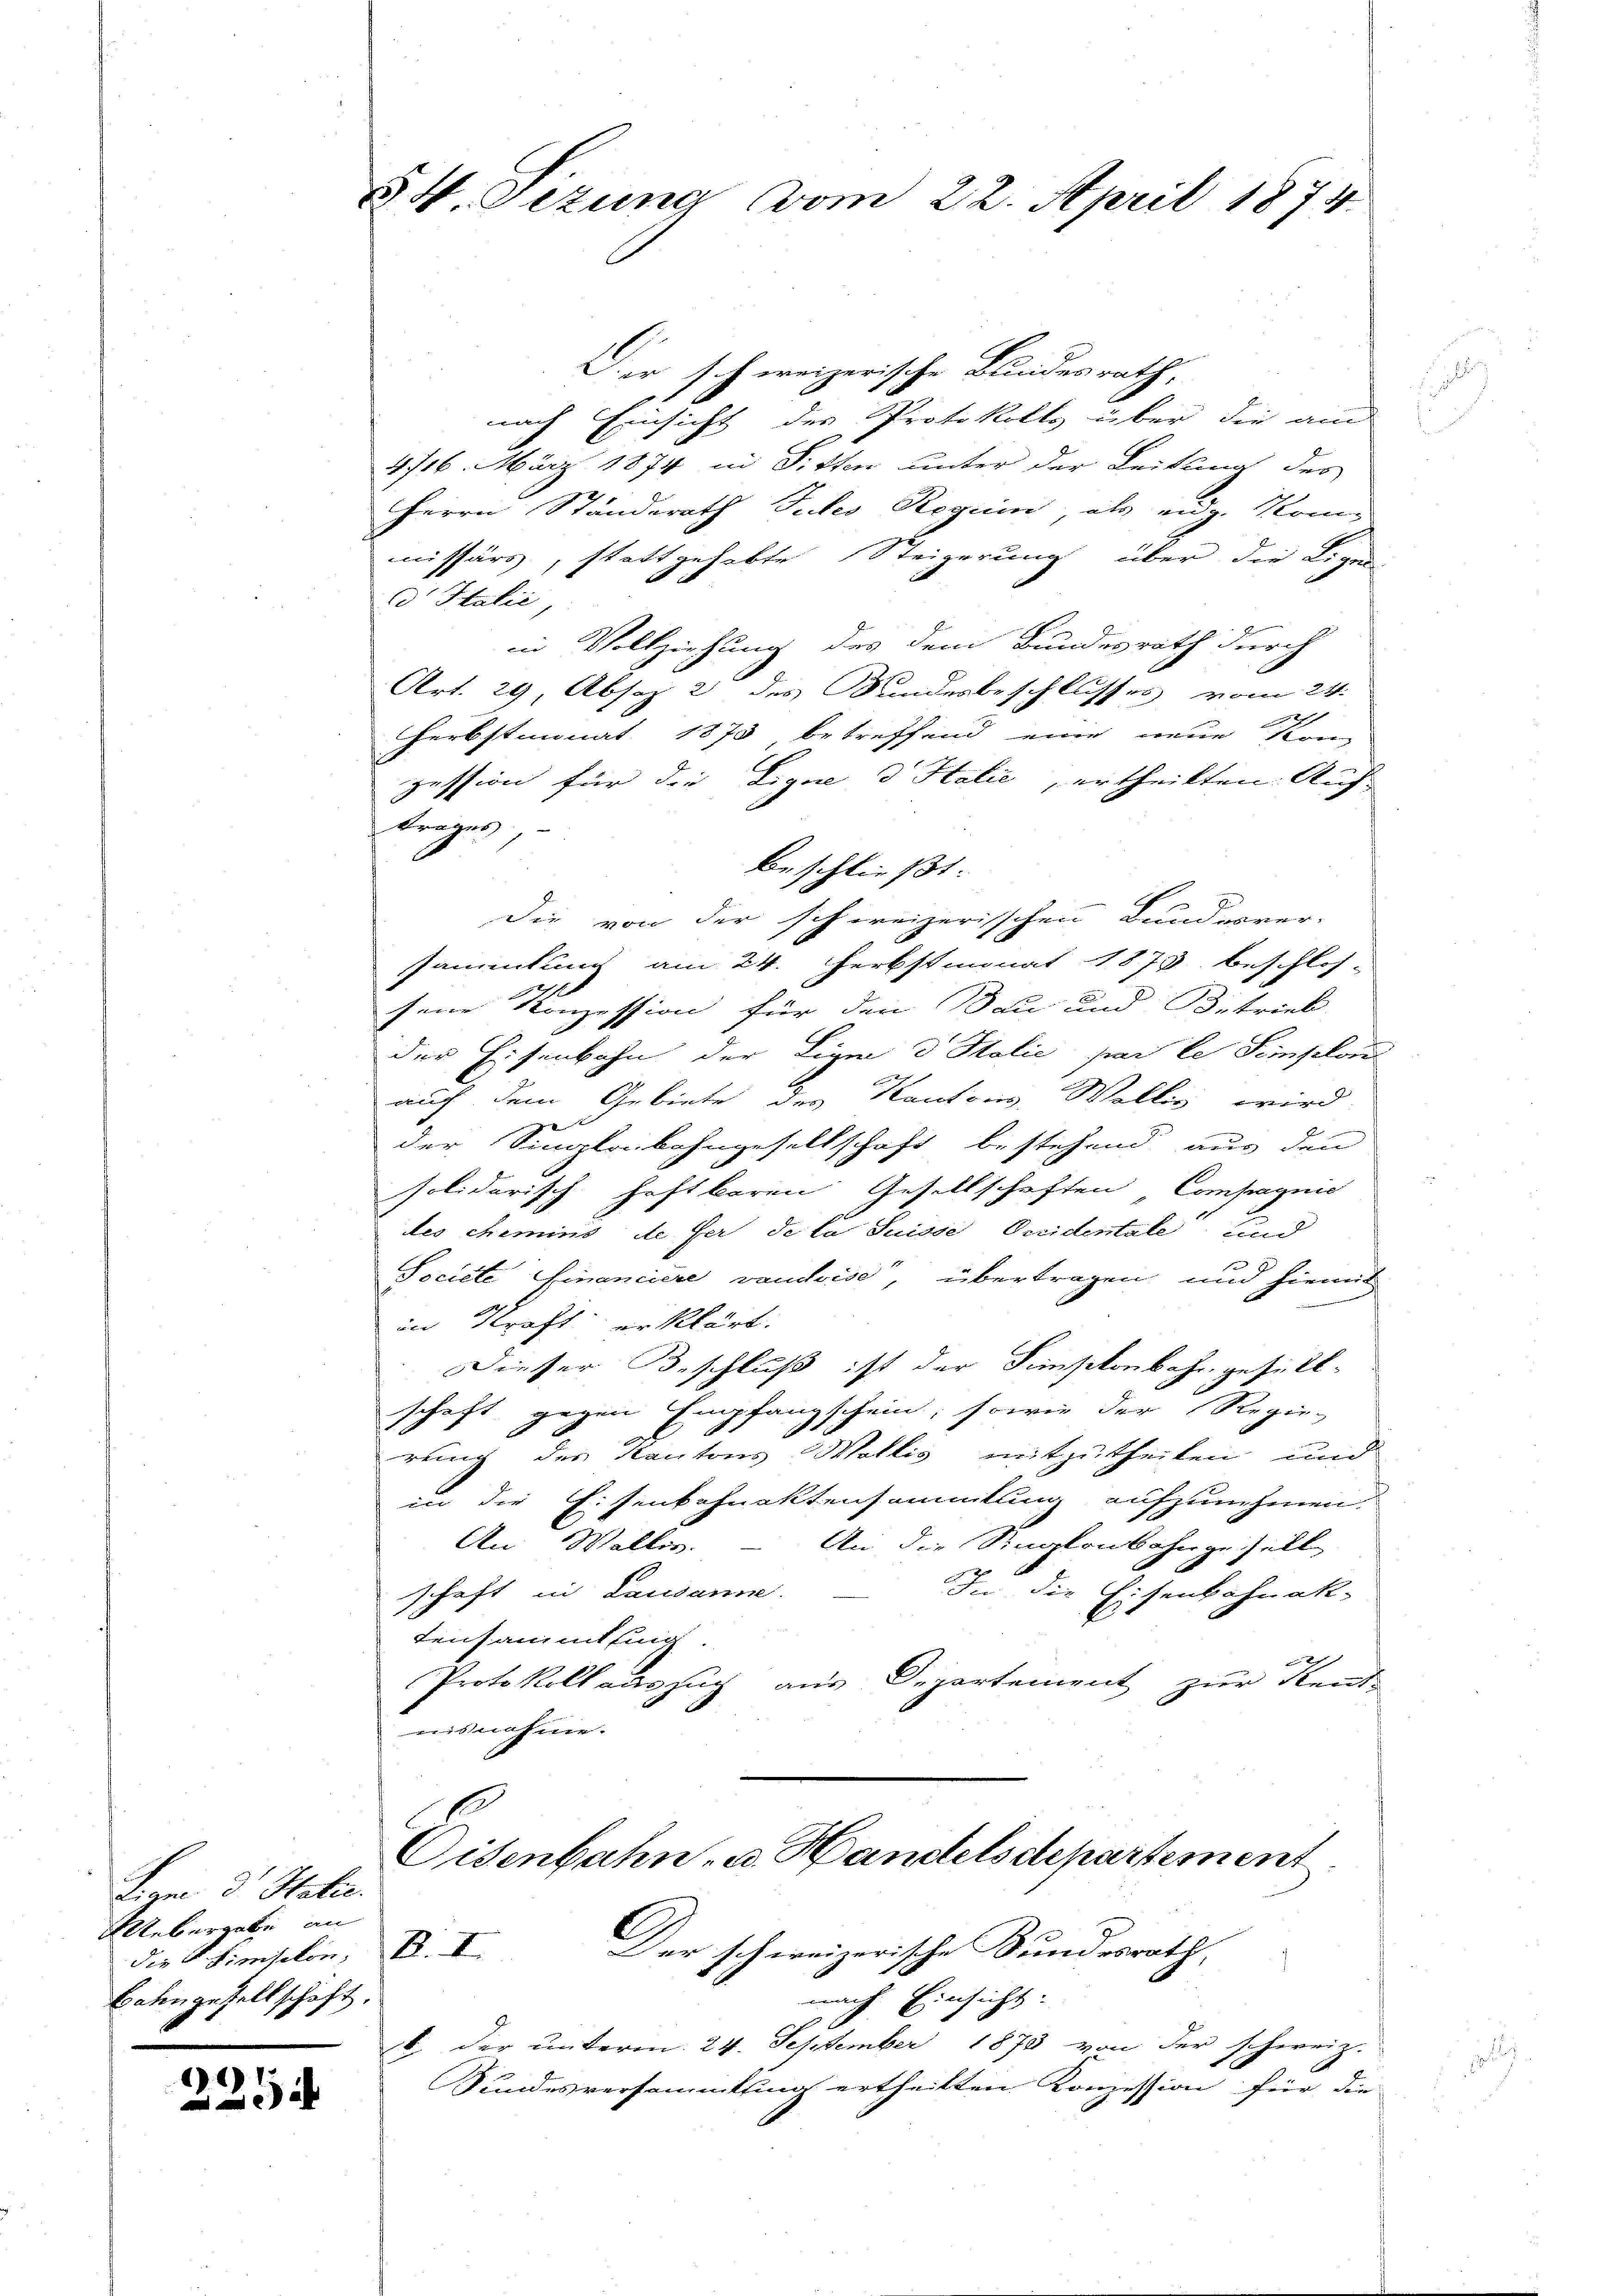
Lam 3. Statie.
Uebergabe an
die K. Simsikon,
Batengesellschaft.

2254

XV. Sezung vom 22. April 1874.

Der schweizerische Bundesrath,
nach Einsicht des Protokolls über die aus
4/16. März 1874 in Sitten unter der Leitung des
Herrn Ständerath Suter Reguin, als eidg. Kommissärs, stattgehabte Steigerung über die Ligen
d Italić,
Vollziehung des dem Bundesrath durch
Art. 29, Absez 2 des Kundesbeschlusses vom 24.

Herbstmonat 1873 betreffend eine neue Konzession für die Liga d Halić, ertheilten Auf-
trages,
Beschließt
Die von der schweizerischen Bundesver-
sammlung am 24. Herbstmonat 1873 beschlos-
sene Konzession für den Bau und Betrieb
der Eisenbahn der Liga d Solie par le Simplon

auf dem Gebiete des Kantons, Wallis wird,
e

der Singlaibahngesellschaft bestehend aus den
solidarisch haftbaren Gesellschaften Consignis
des chemins de der de la Suisse Oeridentale und
J
Societe Financiere vaudoise, übertragen, und hiemit
in Straft erklärt.
Dieser Beschluß ist der Simpkonbahr gesellschaft gegen Empfangschein, sowie der Regier
rung des Kantons Wollis mitzutheilen und
in die Eisenkchuektensammlung aufzunehmen
An Waller.
An die Sinalenbahngesell
schaft in Lausame.
In die Eisenbahnak-
tensammlung.
x
Protokoll auszug aus Departement zur Rent-
nisnahme.
Eisenbahn u. Handelsdepartement.
Der schweizerische Bundesrath,
R. I
nach Einsicht.
6 der unterm 24. September 1873 von der schweiz.
Sundesversammlung ertheilten Konzession für die